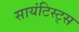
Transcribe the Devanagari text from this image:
सायंटिस्ट्स